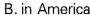
B. in America